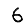
Digit: 6